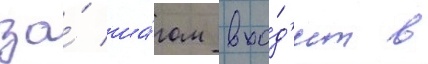
за́ ша́гом вхо́д'ит в